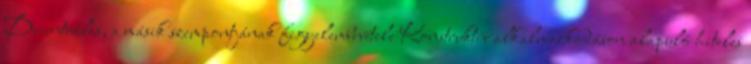
Decentrális, a másik szempontjának figyelembevétele Konstruktív alkalmazkodáson alapuló hiteles